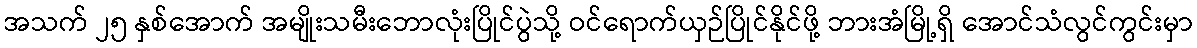
အသက် ၂၅ နှစ်အောက် အမျိုးသမီးဘောလုံးပြိုင်ပွဲသို့ ဝင်ရောက်ယှဉ်ပြိုင်နိုင်ဖို့ ဘားအံမြို့ရှိ အောင်သံလွင်ကွင်းမှာ